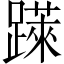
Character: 𨅼